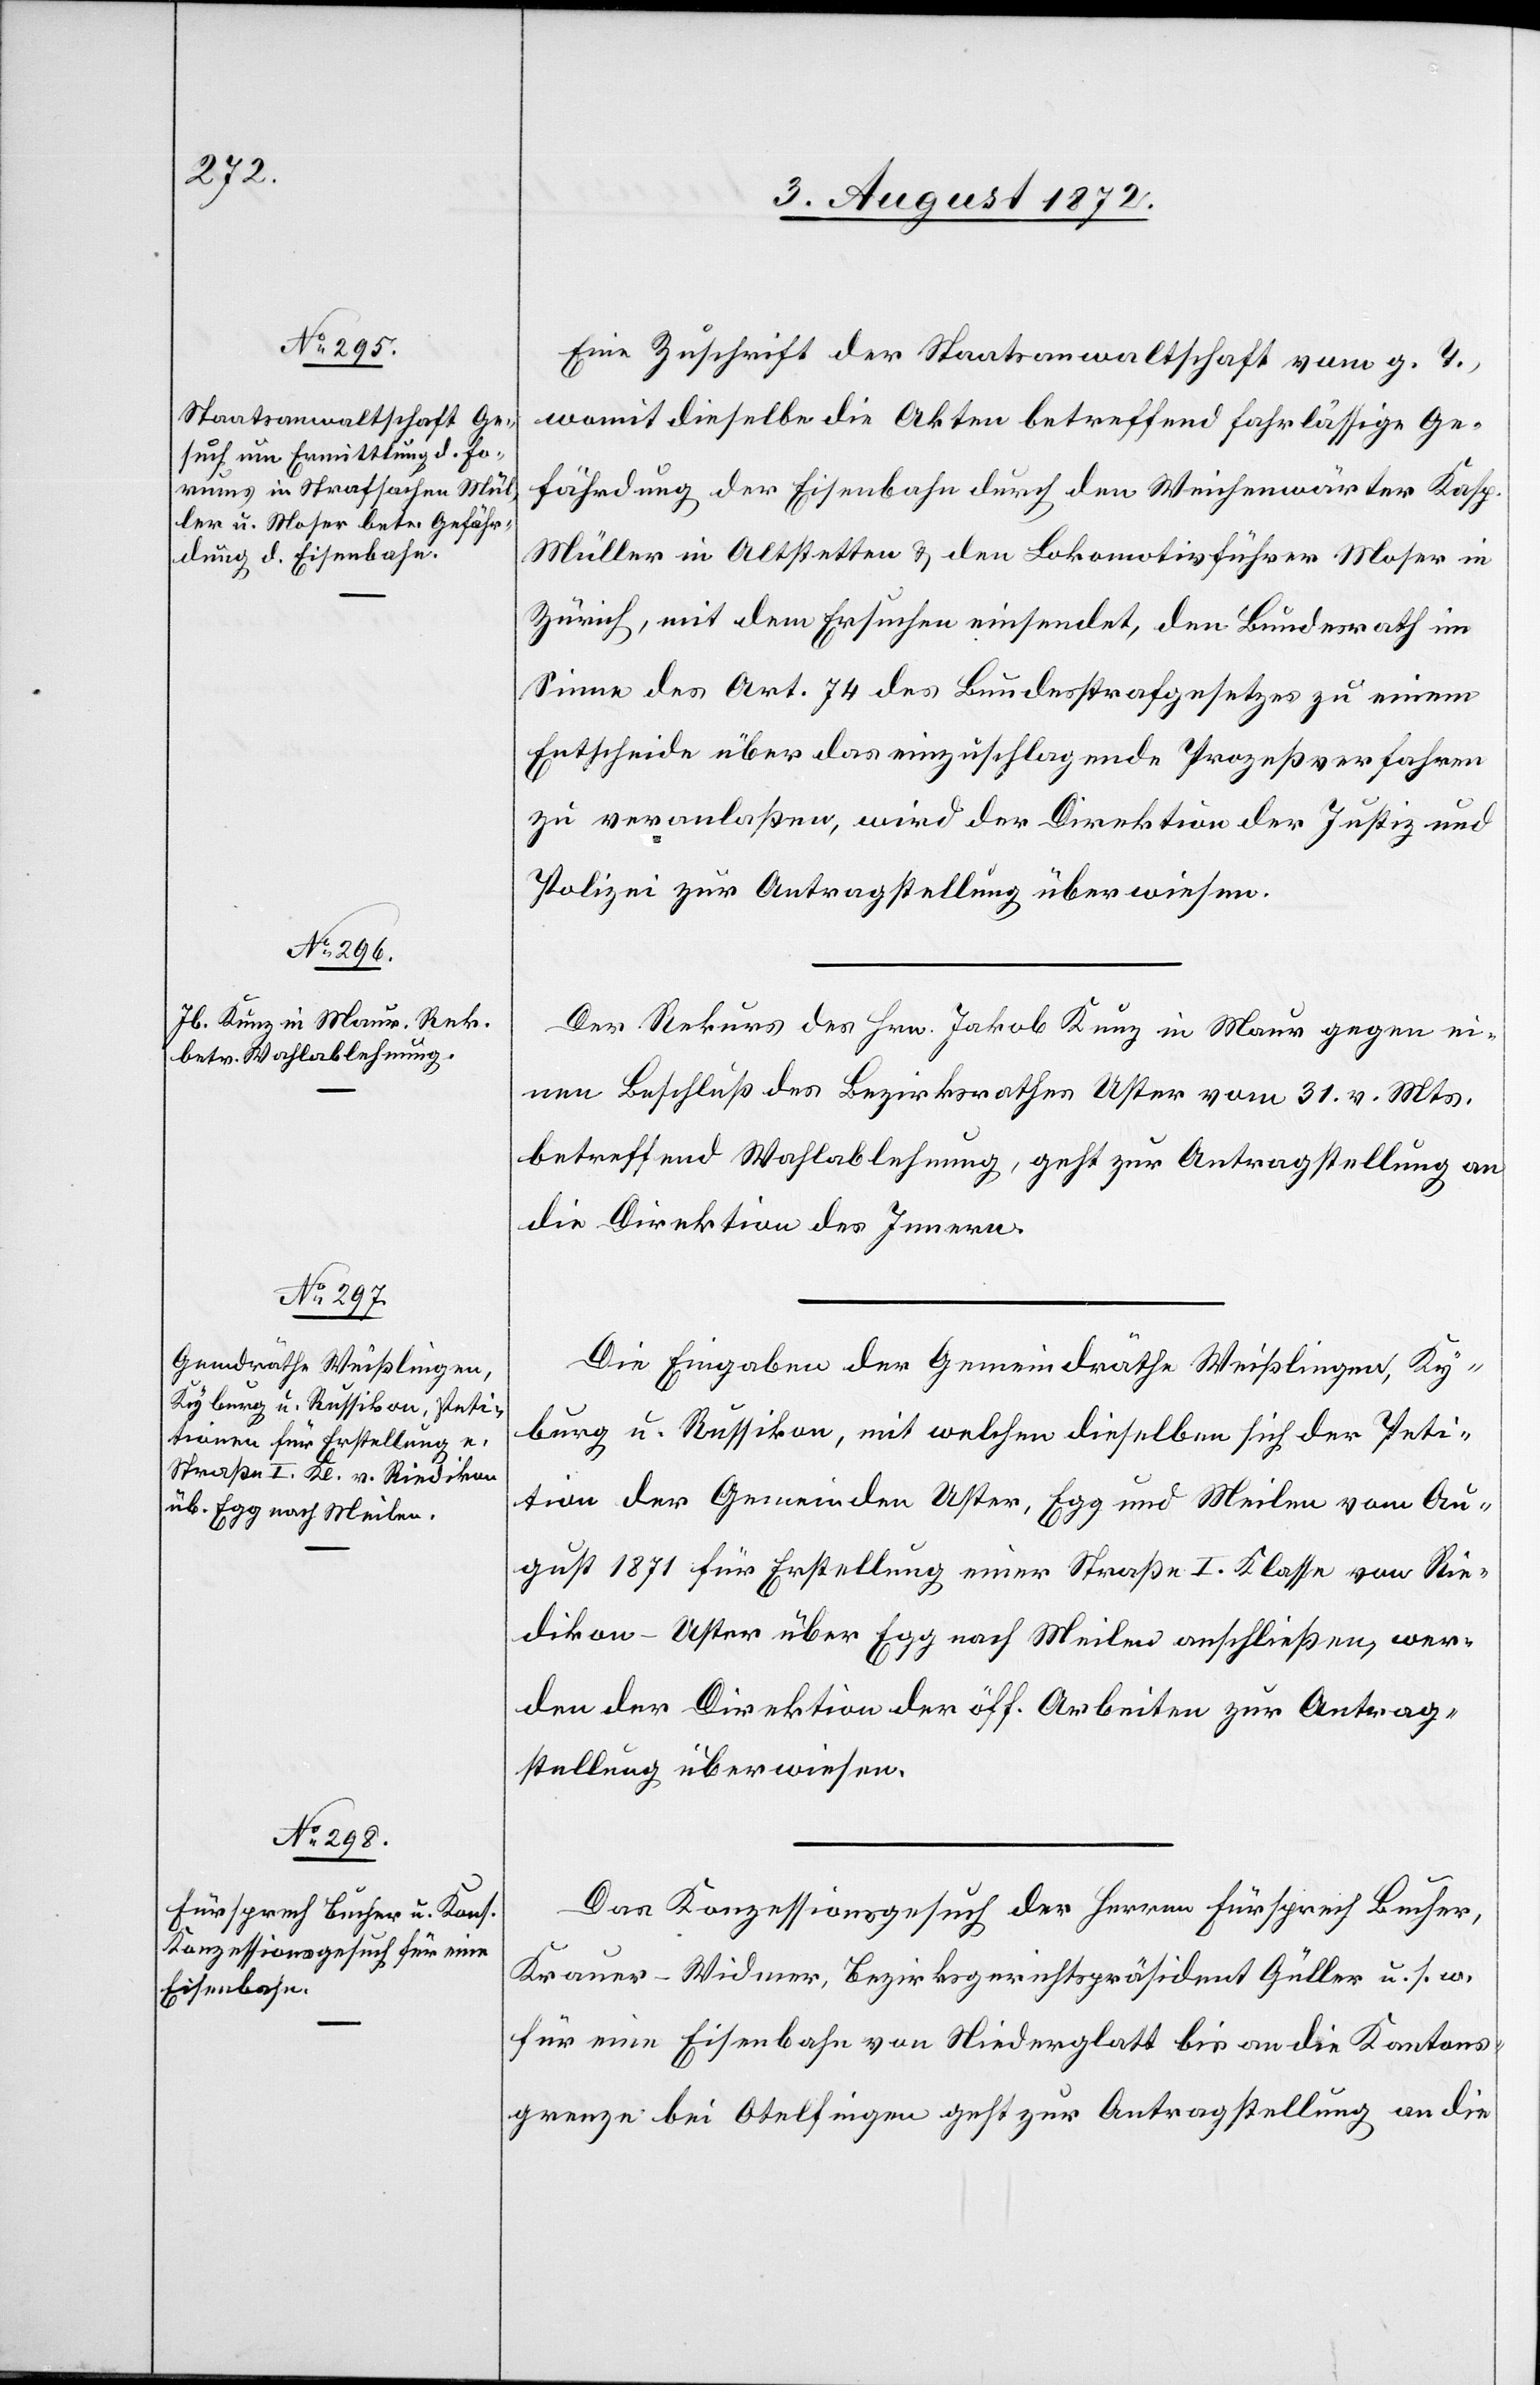
6. August 1872.]
Eine Zuschrift der Staatsanwaltschaft vom g. T.,
womit dieselbe die Akten betreffend fahrlässige Ge¬
fährdung der Eisenbahn durch den Weichenwärter Kasp.
Müller in Altstetten u. den Lokomotivführer Moser in
Zürich, mit dem Ersuchen einsendet, den Bundesrath im
Sinne des Art. 74 des Bundesstrafgesetzes zu einem
Entscheide über das einzuschlagende Prozeßverfahren
zu veranlaßen, wird der Direktion der Justiz und
Polizei zur Antragstellung überwiesen.
Der Rekurs des Hrn. Jakob Kunz in Maur gegen ei¬
nen Beschluß des Bezirksrathes Uster vom 31. v. Mts.
betreffend Wahlablehnung, geht zur Antragstellung an
die Direktion des Innern.
Die Eingaben der Gemeindräthe Weißlingen, Ky¬
burg u. Russikon, mit welchen dieselben sich der Peti¬
tion der Gemeinden Uster, Egg und Meilen vom Au¬
gust 1871 für Erstellung einer Straße I. Klasse von Rie¬
dikon–Uster über Egg nach Meilen anschließen, wer¬
den der Direktion der öff. Arbeiten zur Antrag¬
stellung überwiesen.
Das Konzessionsgesuch der Herren Fürsprech Bucher,
Krauer-Widmer, Bezirksgerichtspräsident Güller u. s. w.
für eine Eisenbahn von Niederglatt bis an die Kantons¬
grenze bei Otelfingen geht zur Antragstellung an die